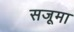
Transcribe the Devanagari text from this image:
सजूमा